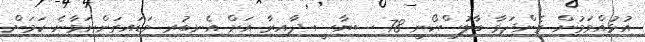
އުޅުއްވަމުން ގެންދަވާ ބާލުސްކޯނީ 78 ސިޔާސީ ދާއިރާ އަށް އެނބުރި ވަޑައިގަންނަވާނެ ކަމަށް